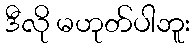
ဒီလို မဟုတ်ပါဘူး